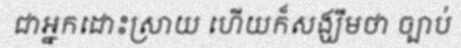
ជាអ្នកដោះស្រាយ ហើយក៏សង្ឃឹមថា ច្បាប់